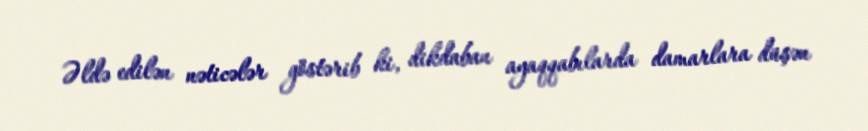
Əldə edilən nəticələr göstərib ki, dikdaban ayaqqabılarda damarlara düşən